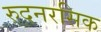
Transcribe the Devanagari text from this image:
रुदनरसिक